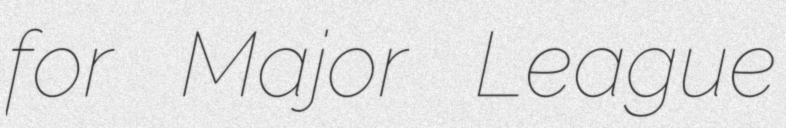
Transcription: for Major League